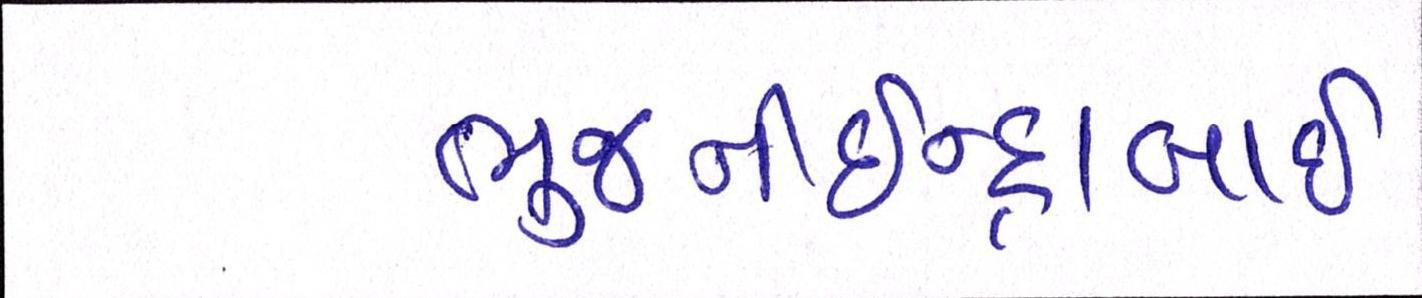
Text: ભુજનીઇન્દ્રાબાઇ